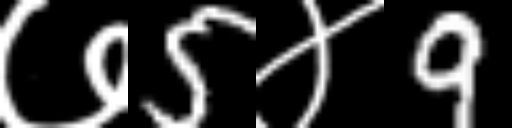
Text: ७5४9